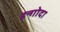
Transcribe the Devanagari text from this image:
इन्गोदा